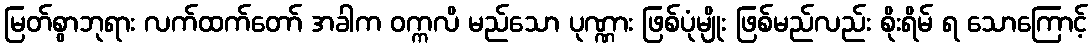
မြတ်စွာဘုရား လက်ထက်တော် အခါက ဝက္ကလိ မည်သော ပုဏ္ဏား ဖြစ်ပုံမျိုး ဖြစ်မည်လည်း စိုးရိမ် ရ သောကြောင့်